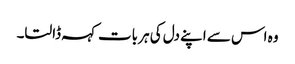
وہ اس سے اپنے دل کی ہر بات کہہ ڈالتا۔